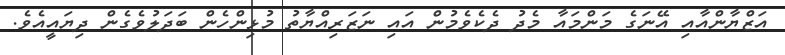
އަޒްޔާންއާއި އޭނަގެ މަންމައާ މެދު ދެކެވެމުން އައި ނަޒަރިއްޔާތު މުޅިންހެން ބަދަލުވެގެން ދިޔައީއެވެ.